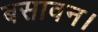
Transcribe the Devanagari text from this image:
बसावन।